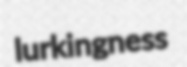
lurkingness